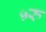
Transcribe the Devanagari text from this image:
५रु